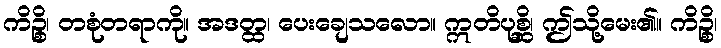
ကိဉ္စိ၊ တစုံတရာကို။ အဒတ္ထ၊ ပေးချေသလော။ ဣတိပုစ္ဆိ၊ ဤသို့မေး၏။ ကိဉ္စိ၊